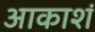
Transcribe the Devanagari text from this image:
आकाशं